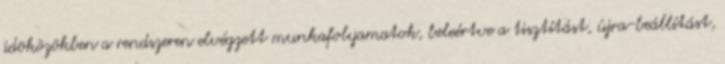
idõközökben a rendszeren elvégzett munkafolyamatok, beleértve a tisztítást, újra-beállítást,